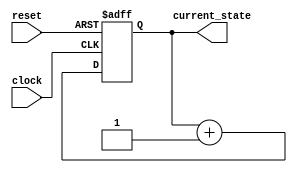
module counter_5bit(reset,clock,current_state);

	input wire clock,reset;
	output wire [4:0] current_state;

	reg [4:0] state;

	assign current_state=state;

	//asynchronous reset
	always@(posedge clock,posedge reset)
	begin
	if(reset)
		begin
		state=0;
		end
	else
		begin
		state=state+1;
		end
	end

endmodule